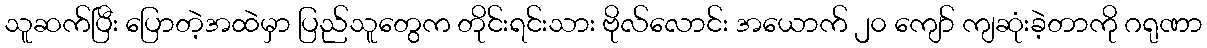
သူဆက်ပြီး ပြောတဲ့အထဲမှာ ပြည်သူတွေက တိုင်းရင်းသား ဗိုလ်လောင်း အယောက် ၂၀ ကျော် ကျဆုံးခဲ့တာကို ဂရုဏာ